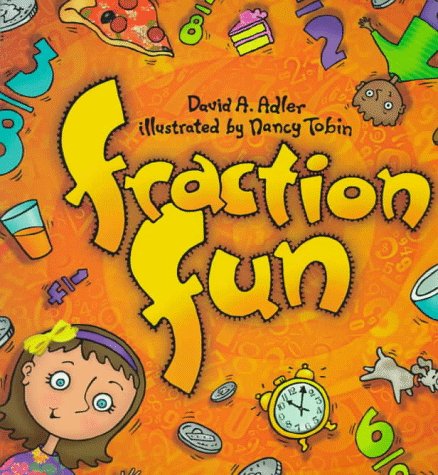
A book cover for Fraction Fun; David A. Adler; Comics & Graphic Novels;